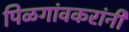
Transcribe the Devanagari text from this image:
पिळगांवकरांनी